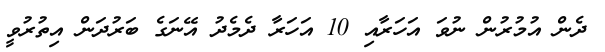
ދެން އުމުރުން ނުވަ އަހަރާއި 10 އަހަރާ ދެމެދު އޭނަގެ ބަރުދަން އިތުރުވީ